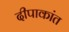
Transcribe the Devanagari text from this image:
दीपाकांत